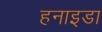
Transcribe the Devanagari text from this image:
हनाइडा